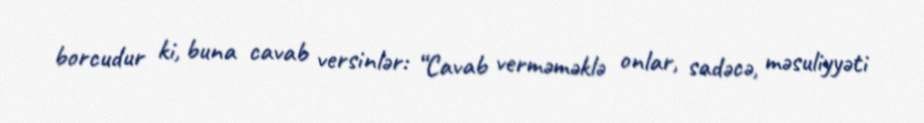
borcudur ki, buna cavab versinlər: “Cavab verməməklə onlar, sadəcə, məsuliyyəti